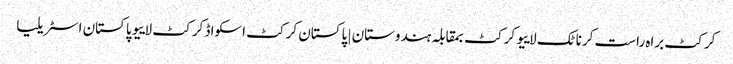
کرکٹ براہ راست کرناٹک لاییو کرکٹ بمقابلہ ہندوستان | پاکستان کرکٹ اسکواڈ کرکٹ لاییو پاکستان اسٹریلیا